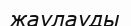
жаулауды